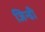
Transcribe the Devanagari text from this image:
जिन्डी